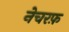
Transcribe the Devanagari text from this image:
नेचरफ़